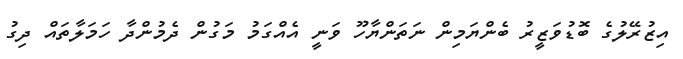
އިޒުރޭލުގެ ބޮޑުވަޒީރު ބެންޔަމިން ނަތަންޔާހޫ ވަނީ އެއްގަމު މަގުން ދެމުންދާ ހަމަލާތައް ދިގު